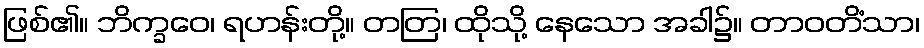
ဖြစ်၏။ ဘိက္ခဝေ၊ ရဟန်းတို့။ တတြ၊ ထိုသို့ နေသော အခါ၌။ တာဝတိံသာ၊